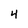
Character: 4